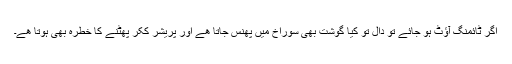
اگر ٹائمنگ آؤٹ ہو جائے تو دال تو کیا گوشت بھی سوراخ میں پھنس جاتا ھے اور پریشر ککر پھٹنے کا خطرہ بھی ہوتا ھے۔